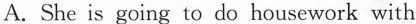
A. She is going to do housework with